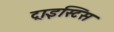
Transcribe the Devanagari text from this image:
ट्राइस्टिस